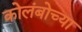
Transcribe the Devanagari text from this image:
कोलंबोच्या